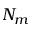
N _ { m }